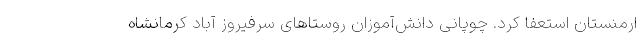
ارمنستان استعفا کرد. چوپانی دانش‌آموزان روستاهای سرفیروز آباد کرمانشاه